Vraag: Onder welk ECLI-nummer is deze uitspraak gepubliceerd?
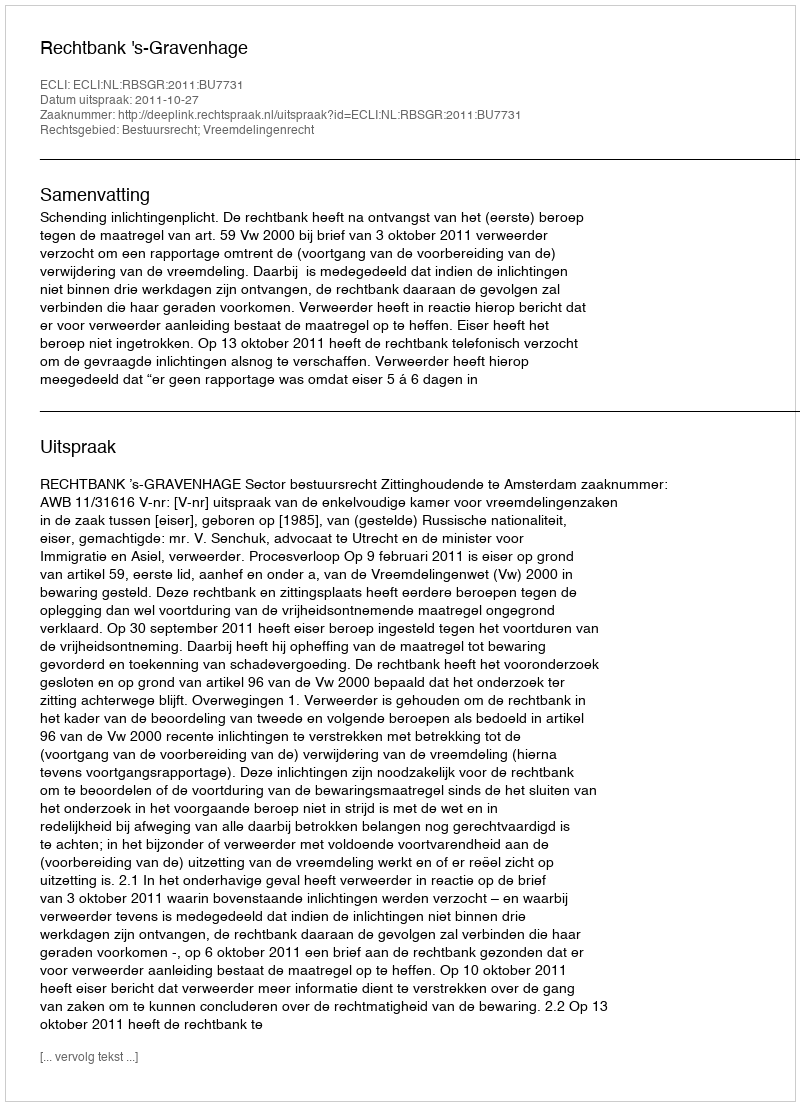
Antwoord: ECLI:NL:RBSGR:2011:BU7731